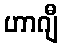
ဟာဂျီ